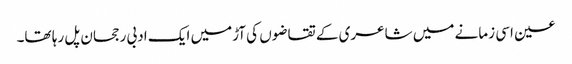
عین اسی زمانے میں شاعری کے تقاضوں کی آڑمیں ایک ادبی رجحان پل رہا تھا۔